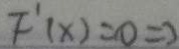
F ^ { \prime } ( x ) = 0 \Rightarrow